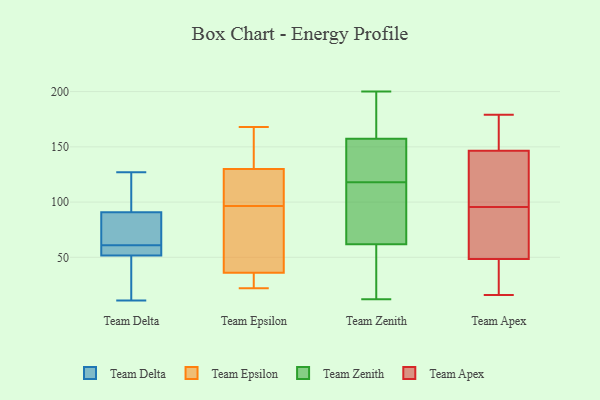
{"axis": {"x": "Production Output", "y": "Value"}, "legend": ["Team Apex", "Team Delta", "Team Epsilon", "Team Zenith"], "data": [{"x": "", "y": 91, "type": "Team Delta"}, {"x": "", "y": 61, "type": "Team Delta"}, {"x": "", "y": 51, "type": "Team Delta"}, {"x": "", "y": 90, "type": "Team Delta"}, {"x": "", "y": 54, "type": "Team Delta"}, {"x": "", "y": 113, "type": "Team Delta"}, {"x": "", "y": 79, "type": "Team Delta"}, {"x": "", "y": 11, "type": "Team Delta"}, {"x": "", "y": 35, "type": "Team Delta"}, {"x": "", "y": 55, "type": "Team Delta"}, {"x": "", "y": 127, "type": "Team Delta"}, {"x": "", "y": 33, "type": "Team Epsilon"}, {"x": "", "y": 151, "type": "Team Epsilon"}, {"x": "", "y": 168, "type": "Team Epsilon"}, {"x": "", "y": 94, "type": "Team Epsilon"}, {"x": "", "y": 22, "type": "Team Epsilon"}, {"x": "", "y": 36, "type": "Team Epsilon"}, {"x": "", "y": 130, "type": "Team Epsilon"}, {"x": "", "y": 54, "type": "Team Epsilon"}, {"x": "", "y": 101, "type": "Team Epsilon"}, {"x": "", "y": 99, "type": "Team Epsilon"}, {"x": "", "y": 12, "type": "Team Zenith"}, {"x": "", "y": 13, "type": "Team Zenith"}, {"x": "", "y": 60, "type": "Team Zenith"}, {"x": "", "y": 67, "type": "Team Zenith"}, {"x": "", "y": 190, "type": "Team Zenith"}, {"x": "", "y": 137, "type": "Team Zenith"}, {"x": "", "y": 67, "type": "Team Zenith"}, {"x": "", "y": 133, "type": "Team Zenith"}, {"x": "", "y": 133, "type": "Team Zenith"}, {"x": "", "y": 106, "type": "Team Zenith"}, {"x": "", "y": 52, "type": "Team Zenith"}, {"x": "", "y": 164, "type": "Team Zenith"}, {"x": "", "y": 118, "type": "Team Zenith"}, {"x": "", "y": 200, "type": "Team Zenith"}, {"x": "", "y": 198, "type": "Team Zenith"}, {"x": "", "y": 178, "type": "Team Apex"}, {"x": "", "y": 32, "type": "Team Apex"}, {"x": "", "y": 67, "type": "Team Apex"}, {"x": "", "y": 68, "type": "Team Apex"}, {"x": "", "y": 103, "type": "Team Apex"}, {"x": "", "y": 52, "type": "Team Apex"}, {"x": "", "y": 45, "type": "Team Apex"}, {"x": "", "y": 17, "type": "Team Apex"}, {"x": "", "y": 16, "type": "Team Apex"}, {"x": "", "y": 99, "type": "Team Apex"}, {"x": "", "y": 162, "type": "Team Apex"}, {"x": "", "y": 179, "type": "Team Apex"}, {"x": "", "y": 94, "type": "Team Apex"}, {"x": "", "y": 98, "type": "Team Apex"}, {"x": "", "y": 58, "type": "Team Apex"}, {"x": "", "y": 163, "type": "Team Apex"}, {"x": "", "y": 131, "type": "Team Apex"}, {"x": "", "y": 97, "type": "Team Apex"}, {"x": "", "y": 178, "type": "Team Apex"}, {"x": "", "y": 39, "type": "Team Apex"}]}